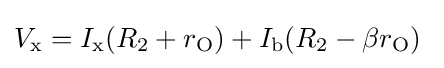
V_{\text{x}}=I_{\text{x}}(R_{2}+r_{\text{O}})+I_{\text{b}}(R_{2}-\beta r_{\text{O}})\